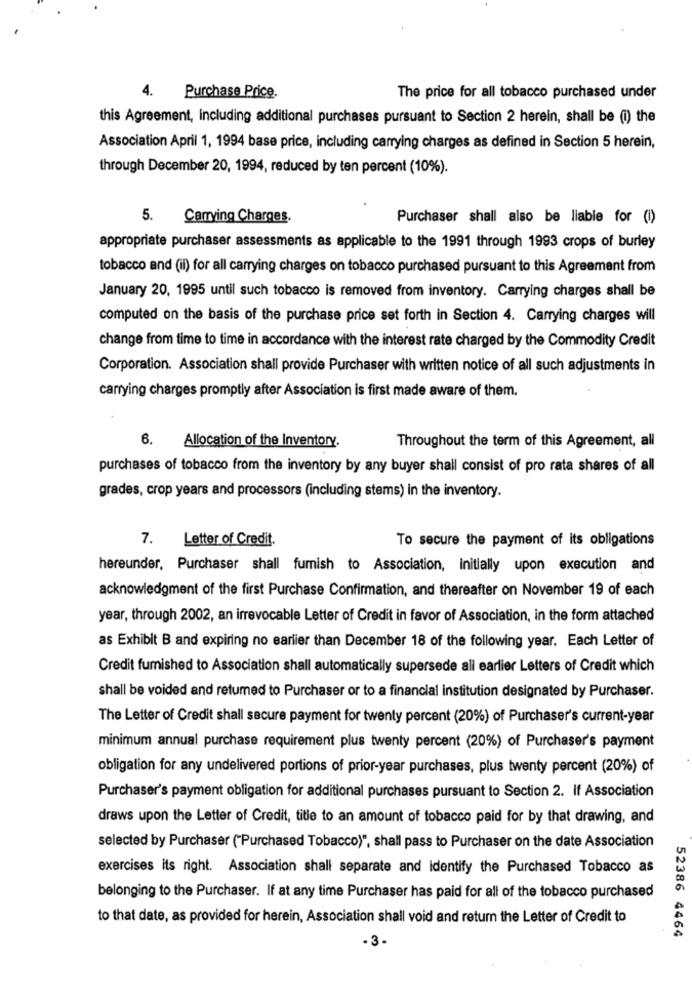
4.
Purchase Price.
The price for all tobacco purchased under
this Agreement, including additional purchases pursuant to Section 2 herein, shall be (i) the
Association April 1, 1994 base price, including carrying charges as defined in Section 5 herein,
through December 20, 1994, reduced by ten percent (10%).
5.
Carrying Charges.
Purchaser shall also be liable for (i)
appropriate purchaser assessments as applicable to the 1991 through 1993 crops of burley
tobacco and (ii) for all carrying charges on tobacco purchased pursuant to this Agreement from
January 20, 1995 until such tobacco is removed from inventory. Carrying charges shall be
computed on the basis of the purchase price set forth in Section 4. Carrying charges will
change from time to time in accordance with the interest rate charged by the Commodity Credit
Corporation. Association shall provide Purchaser with written notice of all such adjustments in
carrying charges promptly after Association is first made aware of them.
6.
Allocation of the Inventory.
Throughout the term of this Agreement, all
purchases of tobacco from the inventory by any buyer shall consist of pro rata shares of all
grades, crop years and processors (including stems) in the inventory.
7. Letter of Credit.
To secure the payment of its obligations
hereunder, Purchaser shall furnish to Association, initially upon execution and
acknowledgment of the first Purchase Confirmation, and thereafter on November 19 of each
year, through 2002, an irrevocable Letter of Credit in favor of Association, in the form attached
as Exhibit B and expiring no earlier than December 18 of the following year. Each Letter of
Credit fumished to Association shall automatically supersede all earlier Letters of Credit which
shall be voided and returned to Purchaser or to a financial institution designated by Purchaser.
The Letter of Credit shall secure payment for twenty percent (20%) of Purchaser's current-year
minimum annual purchase requirement plus twenty percent (20%) of Purchaser's payment
obligation for any undelivered portions of prior-year purchases, plus twenty percent (20%) of
Purchaser's payment obligation for additional purchases pursuant to Section 2. If Association
draws upon the Letter of Credit, title to an amount of tobacco paid for by that drawing, and
selected by Purchaser ("Purchased Tobacco)", shall pass to Purchaser on the date Association
exercises its right. Association shall separate and identify the Purchased Tobacco as
belonging to the Purchaser. If at any time Purchaser has paid for all of the tobacco purchased
to that date, as provided for herein, Association shall void and return the Letter of Credit to
52386 4464